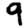
Digit: 9